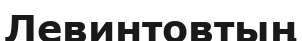
Левинтовтың